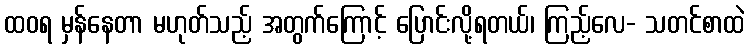
ထဝရ မှန်နေတာ မဟုတ်သည့် အတွက်ကြောင့် ပြောင်းလို့ရတယ်၊ ကြည့်လေ- သတင်စာထဲ